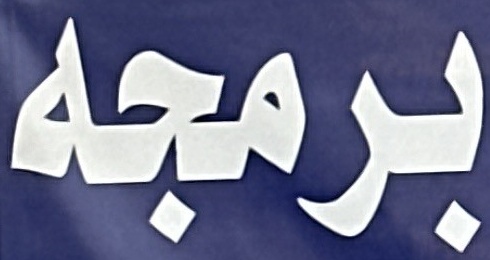
برمجه